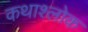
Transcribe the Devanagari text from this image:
कथाश्लोक